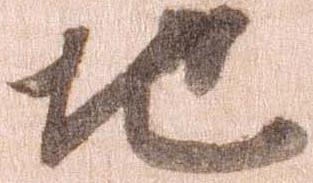
地